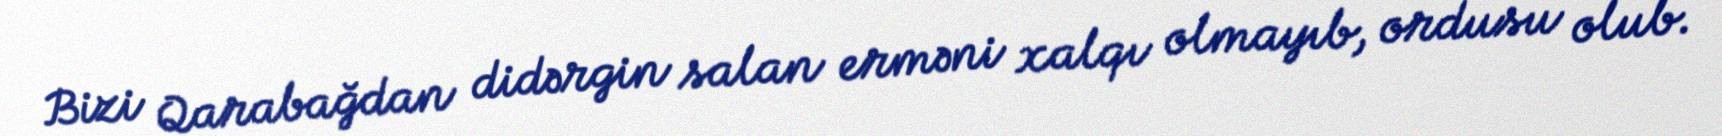
Bizi Qarabağdan didərgin salan erməni xalqı olmayıb, ordusu olub.